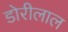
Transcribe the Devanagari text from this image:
डोरीलाल